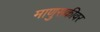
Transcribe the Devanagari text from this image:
माणुसकीवर